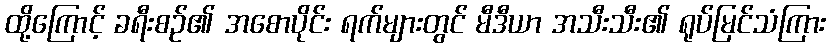
ထို့ကြောင့် ခရီးစဉ်၏ အစောပိုင်း ရက်များတွင် မီဒီယာ အသီးသီး၏ ရုပ်မြင်သံကြား